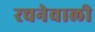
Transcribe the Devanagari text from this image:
रचनेवाली